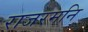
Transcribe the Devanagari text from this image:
राजरमनि